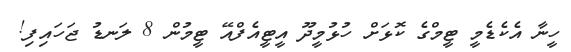
ހީނާ އެކެޑެމީ ޓީމްގެ ކޮޅަށް ހުޅުމީދޫ އީޓީއެފްއޭ ޓީމުން 8 ލަނޑު ޖަހައިފި!